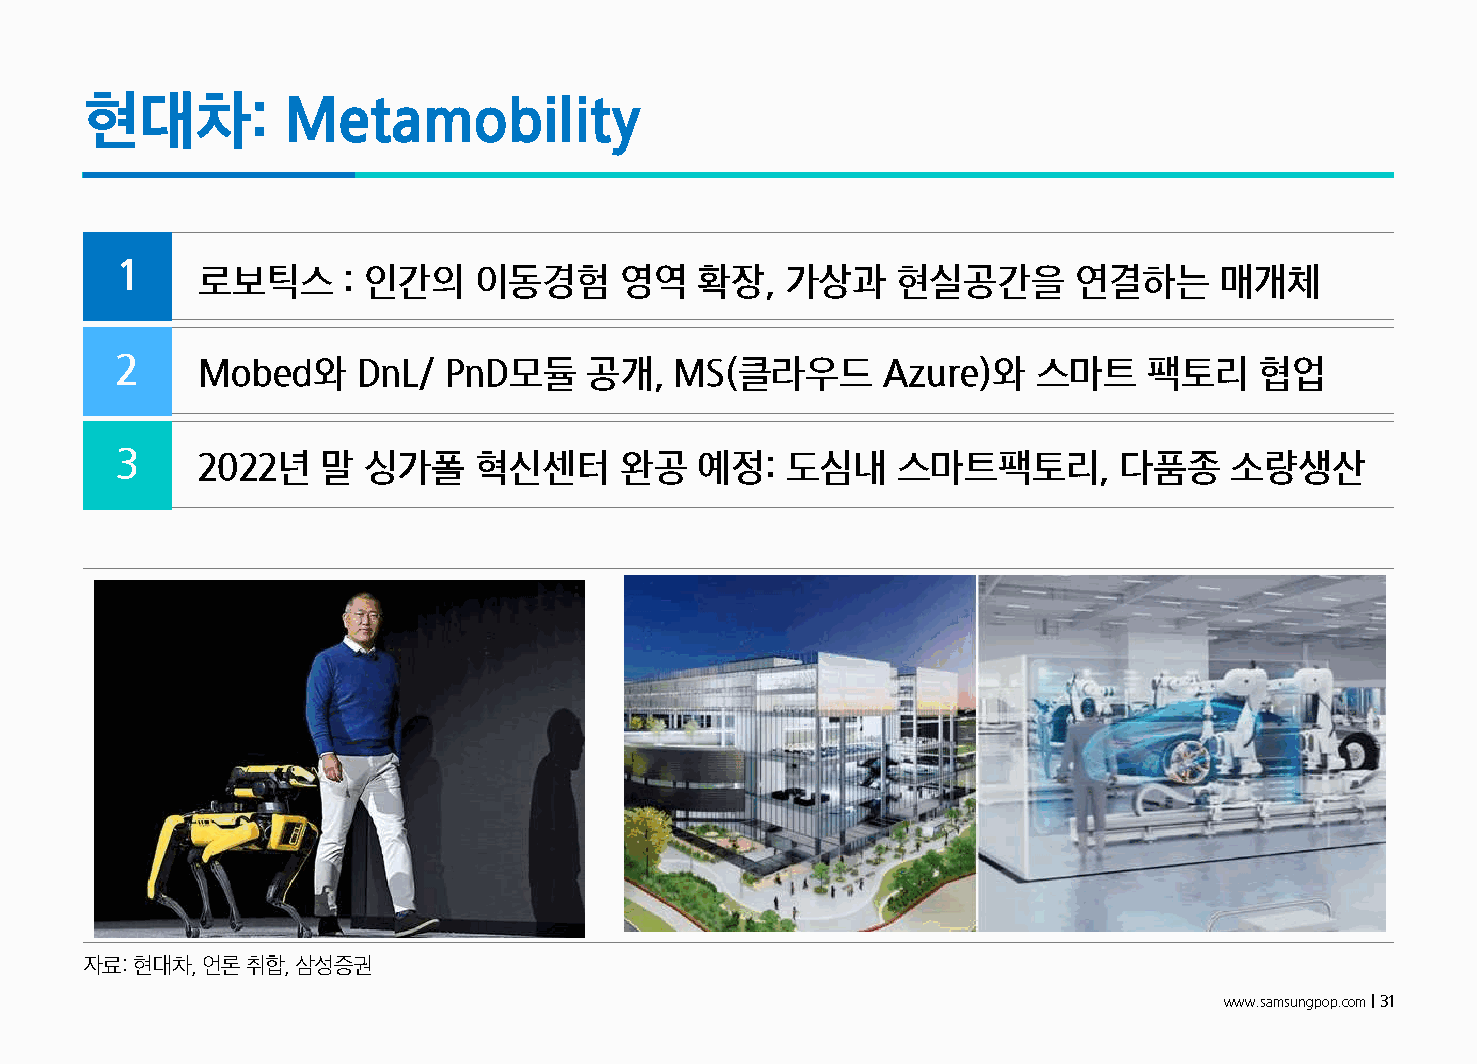
현대차:          Metamobility
 1
 로보틱스      : 인간의   이동경험      영역   확장,   가상과    현실공간을       연결하는      매개체
 2    Mobed와     DnL/ PnD모듈     공개,   MS(클라우드      Azure)와    스마트    팩토리    협업
 3    2022년   말  싱가폴    혁신센터      완공   예정:   도심내    스마트팩토리,        다품종    소량생산
 자료: 현대차, 언론취합, 삼성증권
 www.samsungpop.com| 31